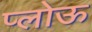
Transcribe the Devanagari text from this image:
प्लोऊ